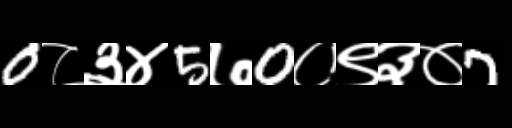
Text: 0८३४5७0०९३०7